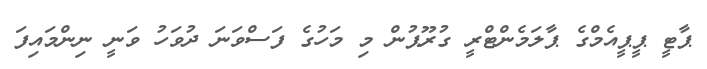
ޕާޓީ ޕީޕީއެމްގެ ޕާލަމެންޓްރީ ގުރޫޕުން މި މަހުގެ ފަސްވަނަ ދުވަހު ވަނީ ނިންމައިފަ